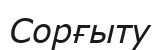
Сорғыту